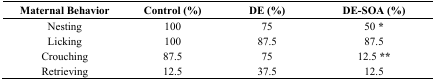
<table><thead><tr><td><b>Maternal Behavior</b></td><td><b>Control (%)</b></td><td><b>DE (%)</b></td><td><b>DE-SOA (%)</b></td></tr></thead><tbody><tr><td>Nesting</td><td>100</td><td>75</td><td>50 *</td></tr><tr><td>Licking</td><td>100</td><td>87.5</td><td>87.5</td></tr><tr><td>Crouching</td><td>87.5</td><td>75</td><td>12.5 **</td></tr><tr><td>Retrieving</td><td>12.5</td><td>37.5</td><td>12.5</td></tr></tbody></table>